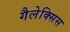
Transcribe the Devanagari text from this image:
गैलेक्सिस